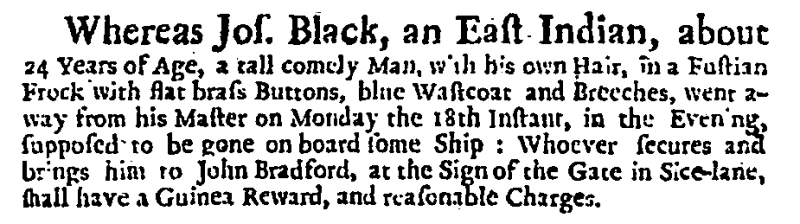
Daily Courant, 20 January 1720 (England)
Whereas Jos. Black, an East-Indian, about 24 Years of Age, a tall comely Man, with his own Hair, in a Fustian Frock with flat brass Buttons, blue Wastcoat and Breeches, went away from his Master on Monday the 18th Instant, in the Evening, supposed to be gone on board some Ship: Whoever secures and brings him to John Bradford, at the Sign of the Gate in Sice-Lane, shall have a Guinea Reward, and reasonable Charges.